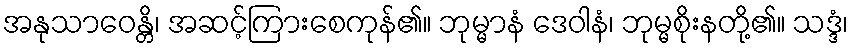
အနုသာဝေန္တိ၊ အဆင့်ကြားစေကုန်၏။ ဘုမ္မာနံ ဒေဝါနံ၊ ဘုမ္မစိုးနတို့၏။ သဒ္ဒံ၊